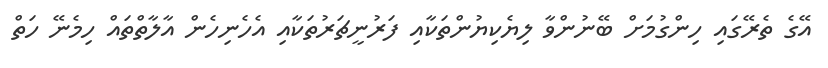
އޭގެ ތެރޭގައި ހިންގުމަށް ބޭނުންވާ ލިޔެކިޔުންތަކާއި ފަރުނީޗަރުތަކާއި އެހެނިހެން އާލާތްތައް ހިމެނޭ ހަތް